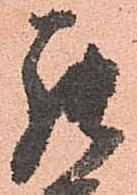
罷